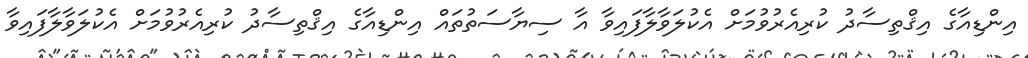
އިންޑިއާގެ އިޤްތިސާދު ކުރިއެރުވުމަށް އެކުލަވާލާފައިވާ އާ ސިޔާސަތުތައް އިންޑިއާގެ އިޤްތިސާދު ކުރިއެރުވުމަށް އެކުލަވާލާފައިވާ